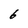
Character: 6